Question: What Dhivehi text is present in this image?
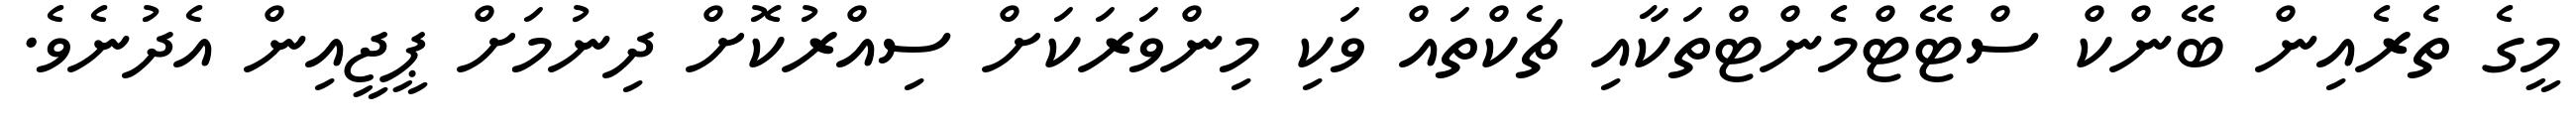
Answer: މީގެ ތެރެއިން ބޭންކް ސްޓޭޓްމެންޓްތަކާއި ޗެކްތައް ވަކި މިންވަރަކަށް ސިއްރުކޮށް ދިނުމަށް ޕީޖީއިން އެދުނެވެ.